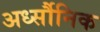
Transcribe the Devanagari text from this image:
अर्ध्सौनिक